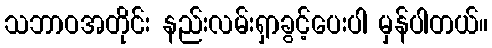
သဘာဝအတိုင်း နည်းလမ်းရှာခွင့်ပေးပါ မှန်ပါတယ်။